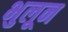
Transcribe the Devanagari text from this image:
भुलून